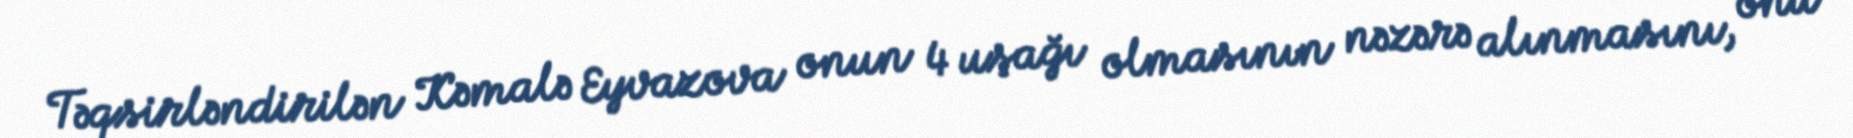
Təqsirləndirilən Kəmalə Eyvazova onun 4 uşağı olmasının nəzərə alınmasını, onu